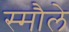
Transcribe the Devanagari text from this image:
स्मौले